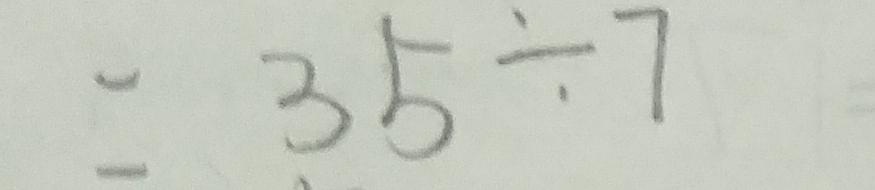
= 3 5 \div 7